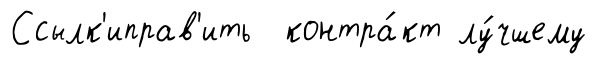
Ссылк'иправ'ить контра́кт лу́чшему